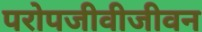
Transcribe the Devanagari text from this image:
परोपजीवीजीवन